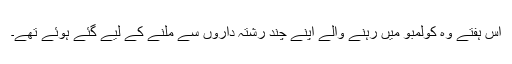
اس ہفتے وہ کولمبو میں رہنے والے اپنے چند رشتہ داروں سے ملنے کے لیے گئے ہوئے تھے۔